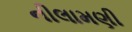
નીલામણી